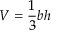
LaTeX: V = { \frac { 1 } { 3 } } b h